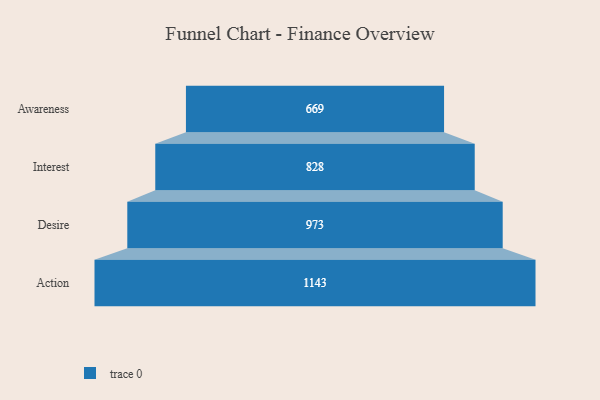
{"axis": {"x": "Stage", "y": "Value"}, "legend": [""], "data": [{"x": "Awareness", "y": 669.0, "type": ""}, {"x": "Interest", "y": 828.0, "type": ""}, {"x": "Desire", "y": 973.0, "type": ""}, {"x": "Action", "y": 1143.0, "type": ""}]}